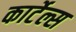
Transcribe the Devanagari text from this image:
कार्टेल्स